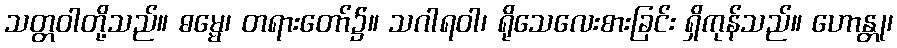
သတ္တဝါတို့သည်။ ဓမ္မေ၊ တရားတော်၌။ သဂါရဝါ၊ ရိုသေလေးစားခြင်း ရှိကုန်သည်။ ဟောန္တု၊